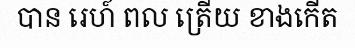
បាន រេហ៍ ពល ត្រើយ ខាងកើត